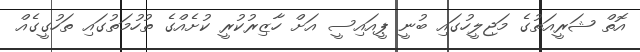
އޮތް ޝަރީއަތުގެ މަޖިލީހުގައި ބުނީ ޕީއައިސީ އަށް ހާޒިރުކުރީ ކުށެއްގެ ތުހުމަތުގައި ތަހުގީގެއް